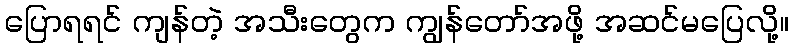
ပြောရရင် ကျန်တဲ့ အသီးတွေက ကျွန်တော်အဖို့ အဆင်မပြေလို့။